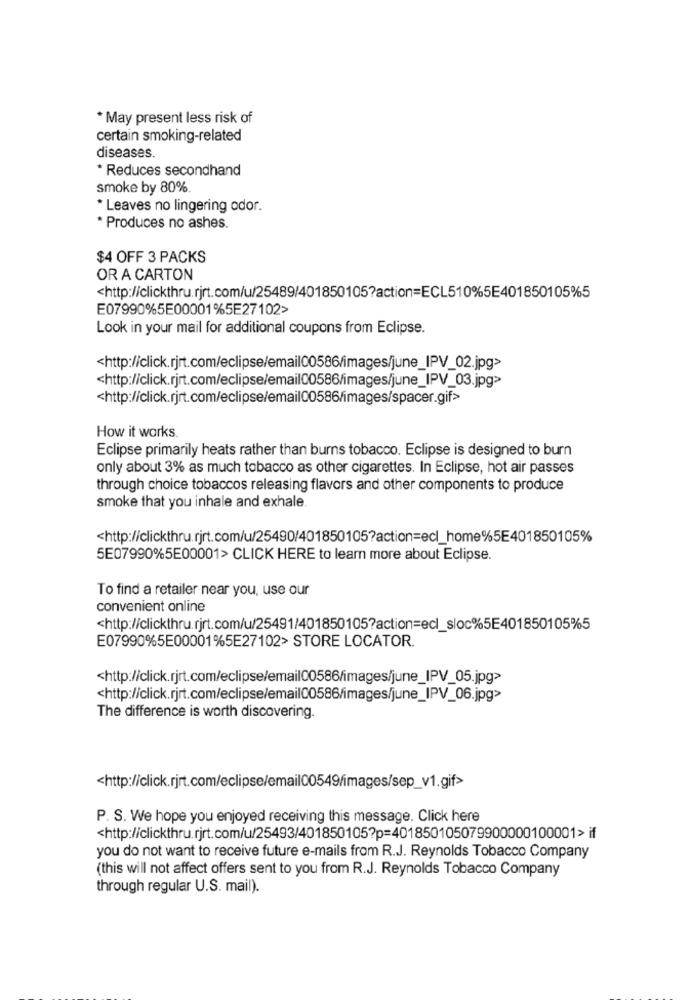
* May present less risk of
certain smoking-related
diseases.
* Reduces secondhand
smoke by 80%.
* Leaves no lingering odor.
* Produces no ashes.
$4 OFF 3 PACKS
OR A CARTON
<http://clickthru.rjrt.com/u/25489/401850105?action=ECL510%5E401850105%5
E07990%5E00001%5E27102>
Look in your mail for additional coupons from Eclipse.
<http://click.rjrt.com/eclipse/email00586/images/june_IPV_02.jpg>
<http://click.rjrt.com/eclipse/email00586/images/spacer.gif>
How it works.
Eclipse primarily heats rather than burns tobacco. Eclipse is designed to burn
only about 3% as much tobacco as other cigarettes. In Eclipse, hot air passes
through choice tobaccos releasing flavors and other components to produce
smoke that you inhale and exhale.
<http://clickthru.rjrt.com/u/25490/401850105?action=ecl_home%5E401850105%
5E07990%5E00001> CLICK HERE to learn more about Eclipse.
To find a retailer near you, use our
convenient online
<http://clickthru.rjrt.com/u/25491/401850105?action=ecl_sloc%5E401850105%5
E07990%5E00001%5E27102> STORE LOCATOR.
<http://click.rjrt.com/eclipse/email00586/images/june_IPV_05.jpg>
<http://click.rjrt.com/eclipse/email00586/images/june_IPV_06.jpg>
The difference is worth discovering.
<http://click.rjrt.com/eclipse/email00549/images/sep_v1.gif>
P. S. We hope you enjoyed receiving this message. Click here
<http://clickthru.rjrt.com/u/25493/401850105?p=401850105079900000100001> if
you do not want to receive future e-mails from R.J. Reynolds Tobacco Company
(this will not affect offers sent to you from R.J. Reynolds Tobacco Company
through regular U.S. mail).